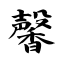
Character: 馨